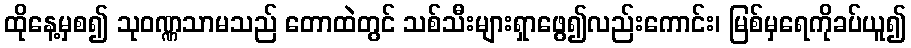
ထိုနေ့မှစ၍ သုဝဏ္ဏသာမသည် တောထဲတွင် သစ်သီးများရှာဖွေ၍လည်းကောင်း၊ မြစ်မှရေကိုခပ်ယူ၍